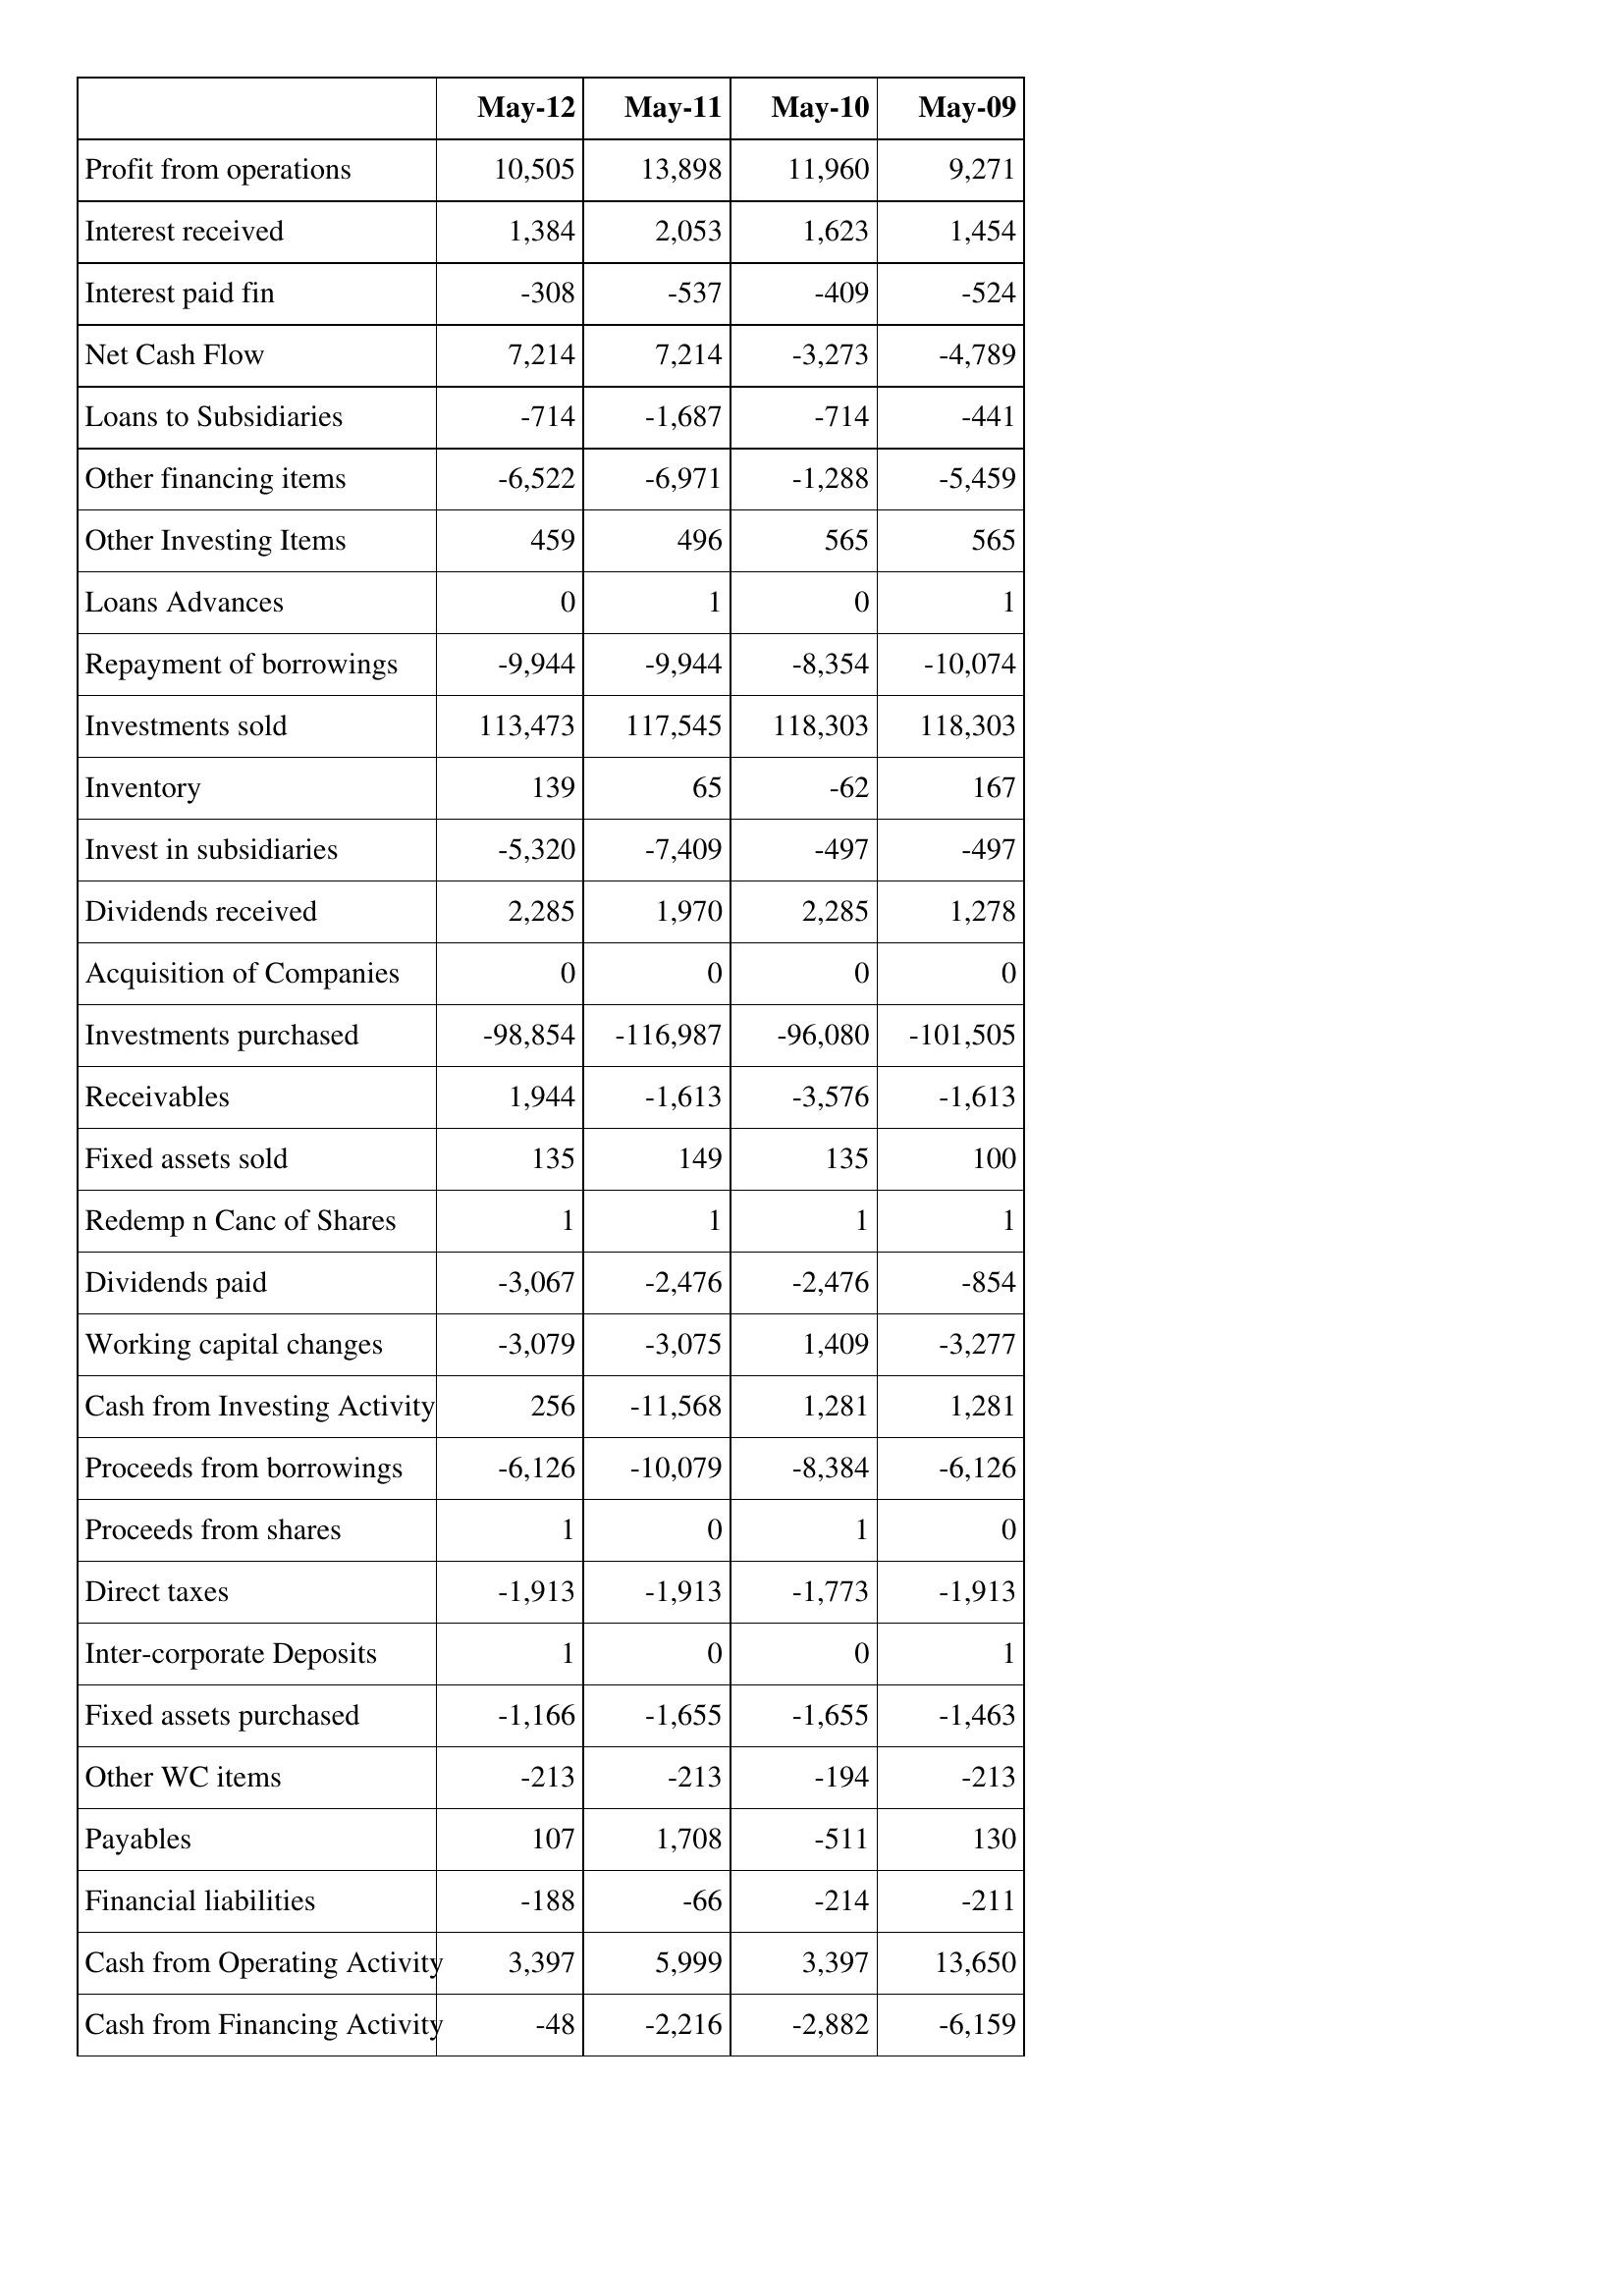
May-12: Cash Flows: Profit from operations: 10,505
Interest received: 1,384
Interest paid fin: -308
Net Cash Flow: 7,214
Loans to Subsidiaries: -714
Other financing items: -6,522
Other Investing Items: 459
Loans Advances: 0
Repayment of borrowings: -9,944
Investments sold: 113,473
Inventory: 139
Invest in subsidiaries: -5,320
Dividends received: 2,285
Acquisition of Companies: 0
Investments purchased: -98,854
Receivables: 1,944
Fixed assets sold: 135
Redemp n Canc of Shares: 1
Dividends paid: -3,067
Working capital changes: -3,079
Cash from Investing Activity: 256
Proceeds from borrowings: -6,126
Proceeds from shares: 1
Direct taxes: -1,913
Inter-corporate Deposits: 1
Fixed assets purchased: -1,166
Other WC items: -213
Payables: 107
Financial liabilities: -188
Cash from Operating Activity: 3,397
Cash from Financing Activity: -48
May-11: Cash Flows: Profit from operations: 13,898
Interest received: 2,053
Interest paid fin: -537
Net Cash Flow: 7,214
Loans to Subsidiaries: -1,687
Other financing items: -6,971
Other Investing Items: 496
Loans Advances: 1
Repayment of borrowings: -9,944
Investments sold: 117,545
Inventory: 65
Invest in subsidiaries: -7,409
Dividends received: 1,970
Acquisition of Companies: 0
Investments purchased: -116,987
Receivables: -1,613
Fixed assets sold: 149
Redemp n Canc of Shares: 1
Dividends paid: -2,476
Working capital changes: -3,075
Cash from Investing Activity: -11,568
Proceeds from borrowings: -10,079
Proceeds from shares: 0
Direct taxes: -1,913
Inter-corporate Deposits: 0
Fixed assets purchased: -1,655
Other WC items: -213
Payables: 1,708
Financial liabilities: -66
Cash from Operating Activity: 5,999
Cash from Financing Activity: -2,216
May-10: Cash Flows: Profit from operations: 11,960
Interest received: 1,623
Interest paid fin: -409
Net Cash Flow: -3,273
Loans to Subsidiaries: -714
Other financing items: -1,288
Other Investing Items: 565
Loans Advances: 0
Repayment of borrowings: -8,354
Investments sold: 118,303
Inventory: -62
Invest in subsidiaries: -497
Dividends received: 2,285
Acquisition of Companies: 0
Investments purchased: -96,080
Receivables: -3,576
Fixed assets sold: 135
Redemp n Canc of Shares: 1
Dividends paid: -2,476
Working capital changes: 1,409
Cash from Investing Activity: 1,281
Proceeds from borrowings: -8,384
Proceeds from shares: 1
Direct taxes: -1,773
Inter-corporate Deposits: 0
Fixed assets purchased: -1,655
Other WC items: -194
Payables: -511
Financial liabilities: -214
Cash from Operating Activity: 3,397
Cash from Financing Activity: -2,882
May-09: Cash Flows: Profit from operations: 9,271
Interest received: 1,454
Interest paid fin: -524
Net Cash Flow: -4,789
Loans to Subsidiaries: -441
Other financing items: -5,459
Other Investing Items: 565
Loans Advances: 1
Repayment of borrowings: -10,074
Investments sold: 118,303
Inventory: 167
Invest in subsidiaries: -497
Dividends received: 1,278
Acquisition of Companies: 0
Investments purchased: -101,505
Receivables: -1,613
Fixed assets sold: 100
Redemp n Canc of Shares: 1
Dividends paid: -854
Working capital changes: -3,277
Cash from Investing Activity: 1,281
Proceeds from borrowings: -6,126
Proceeds from shares: 0
Direct taxes: -1,913
Inter-corporate Deposits: 1
Fixed assets purchased: -1,463
Other WC items: -213
Payables: 130
Financial liabilities: -211
Cash from Operating Activity: 13,650
Cash from Financing Activity: -6,159